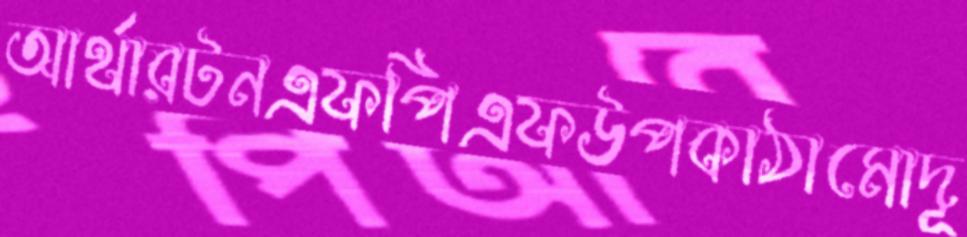
আর্থারটনএফপিএফউপকাঠামোদূ